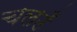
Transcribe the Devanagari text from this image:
चलउँ